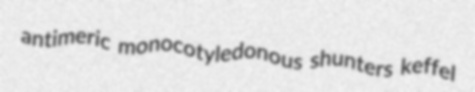
antimeric monocotyledonous shunters keffel